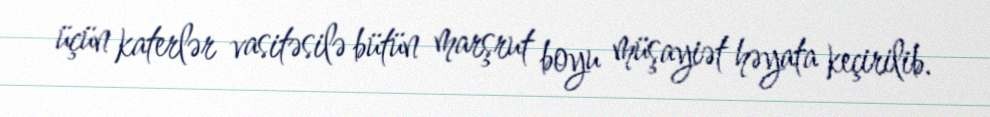
üçün katerlər vasitəsilə bütün marşrut boyu müşayiət həyata keçirilib.